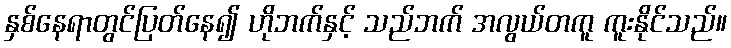
နှစ်နေရာတွင်ပြတ်နေ၍ ဟိုဘက်နှင့် သည်ဘက် အလွယ်တကူ ကူးနိုင်သည်။